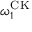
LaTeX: \omega _ { 1 } ^ { \mathrm { C K } }